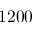
1 2 0 0